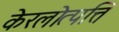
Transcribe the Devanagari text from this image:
केरलोत्पत्ति